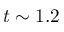
t \sim 1 . 2